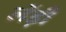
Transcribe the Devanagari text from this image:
लेंड़ी